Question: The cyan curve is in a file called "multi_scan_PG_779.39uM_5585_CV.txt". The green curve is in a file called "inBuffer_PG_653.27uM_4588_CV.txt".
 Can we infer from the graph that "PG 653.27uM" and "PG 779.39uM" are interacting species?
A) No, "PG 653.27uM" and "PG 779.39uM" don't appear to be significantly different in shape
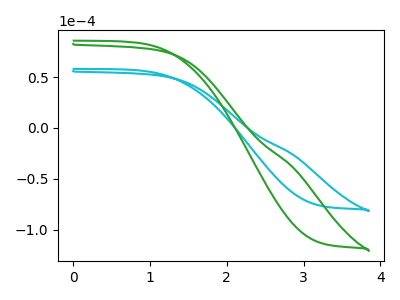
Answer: <think>The cyan curve "PG 779.39uM" has no peaks. The green curve "PG 653.27uM" has no peaks.
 Neither "PG 653.27uM" or "PG 779.39uM" have any peaks.</think>
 <answer>A) No, "PG 653.27uM" and "PG 779.39uM" don't appear to be significantly different in shape</answer>
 <eval>A</eval>